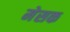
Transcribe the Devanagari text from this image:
मेसक